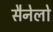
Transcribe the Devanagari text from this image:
सैनेलो